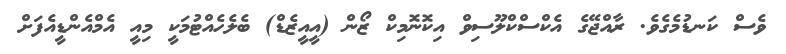
ވެސް ކަނޑުމެގެވެ. ރާއްޖޭގެ އެކްސްކްލޫސިވް އިކޮނޮމިކް ޒޯން (އީއީޒެޑް) ބެލެހެއްޓުމަކީ މިއީ އެމްއެންޑީއެފަށް